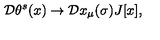
{ \cal D } \theta ^ { s } ( x ) \rightarrow { \cal D } x _ { \mu } ( \sigma ) J [ x ] ,